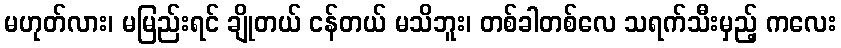
မဟုတ်လား၊ မမြည်းရင် ချိုတယ် ငန်တယ် မသိဘူး၊ တစ်ခါတစ်လေ သရက်သီးမှည့် ကလေး